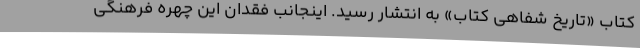
کتاب «تاریخ شفاهی کتاب» به انتشار رسید. اینجانب فقدان این چهره فرهنگی